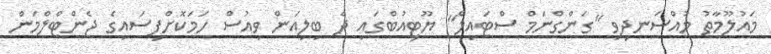
މައުލޫމާތު މުއްސަނދިވި "ގަންގްނަމް ސްޓައިލް" ޔޫޓިއުބްގައި ދެ ބިލިއަން ވިއުސް ހަމަކޮށްފިސައިގެ ޖެންޓްލްމަން